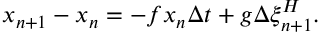
x _ { n + 1 } - x _ { n } = - f x _ { n } \Delta t + g \Delta \xi _ { n + 1 } ^ { H } .